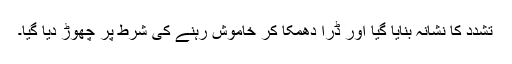
تشدد کا نشانہ بنایا گیا اور ڈرا دھمکا کر خاموش رہنے کی شرط پر چھوڑ دیا گیا۔